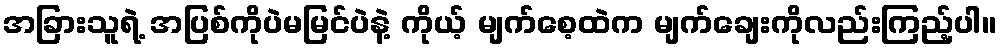
အခြားသူရဲ့ အပြစ်ကိုပဲမမြင်ပဲနဲ့ ကိုယ့် မျက်စေ့ထဲက မျက်ချေးကိုလည်းကြည့်ပါ။